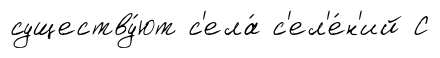
существу́ют с'ела́ с'ел'е́н'ий С